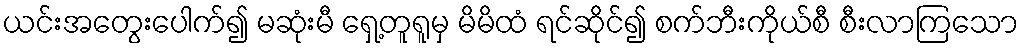
ယင်းအတွေးပေါက်၍ မဆုံးမီ ရှေ့တူရူမှ မိမိထံ ရင်ဆိုင်၍ စက်ဘီးကိုယ်စီ စီးလာကြသော